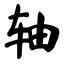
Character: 轴